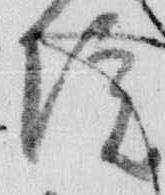
院